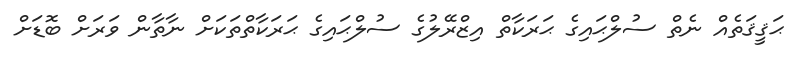
ޙަޤީޤަތެއް ނެތް ސުލްޙައިގެ ޙަރަކާތް އިޒްރޭލުގެ ސުލްޙައިގެ ޙަރަކާތްތަކަށް ނާތާން ވަރަށް ބޮޑަށް